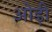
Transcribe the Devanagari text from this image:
ओड़ी